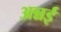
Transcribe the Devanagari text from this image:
अन्नई